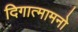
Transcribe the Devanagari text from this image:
दिगात्मामनो